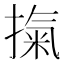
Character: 𭡾